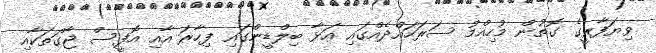
ވިޔަފާރީގެ ގޮތުން މުހިއްމު ސަރަހައްދެއްގައި އަޅާ ބިލްޑީންގައި ފިހާރަ އާއި އޮފީސް ޖާގަތަކާއި